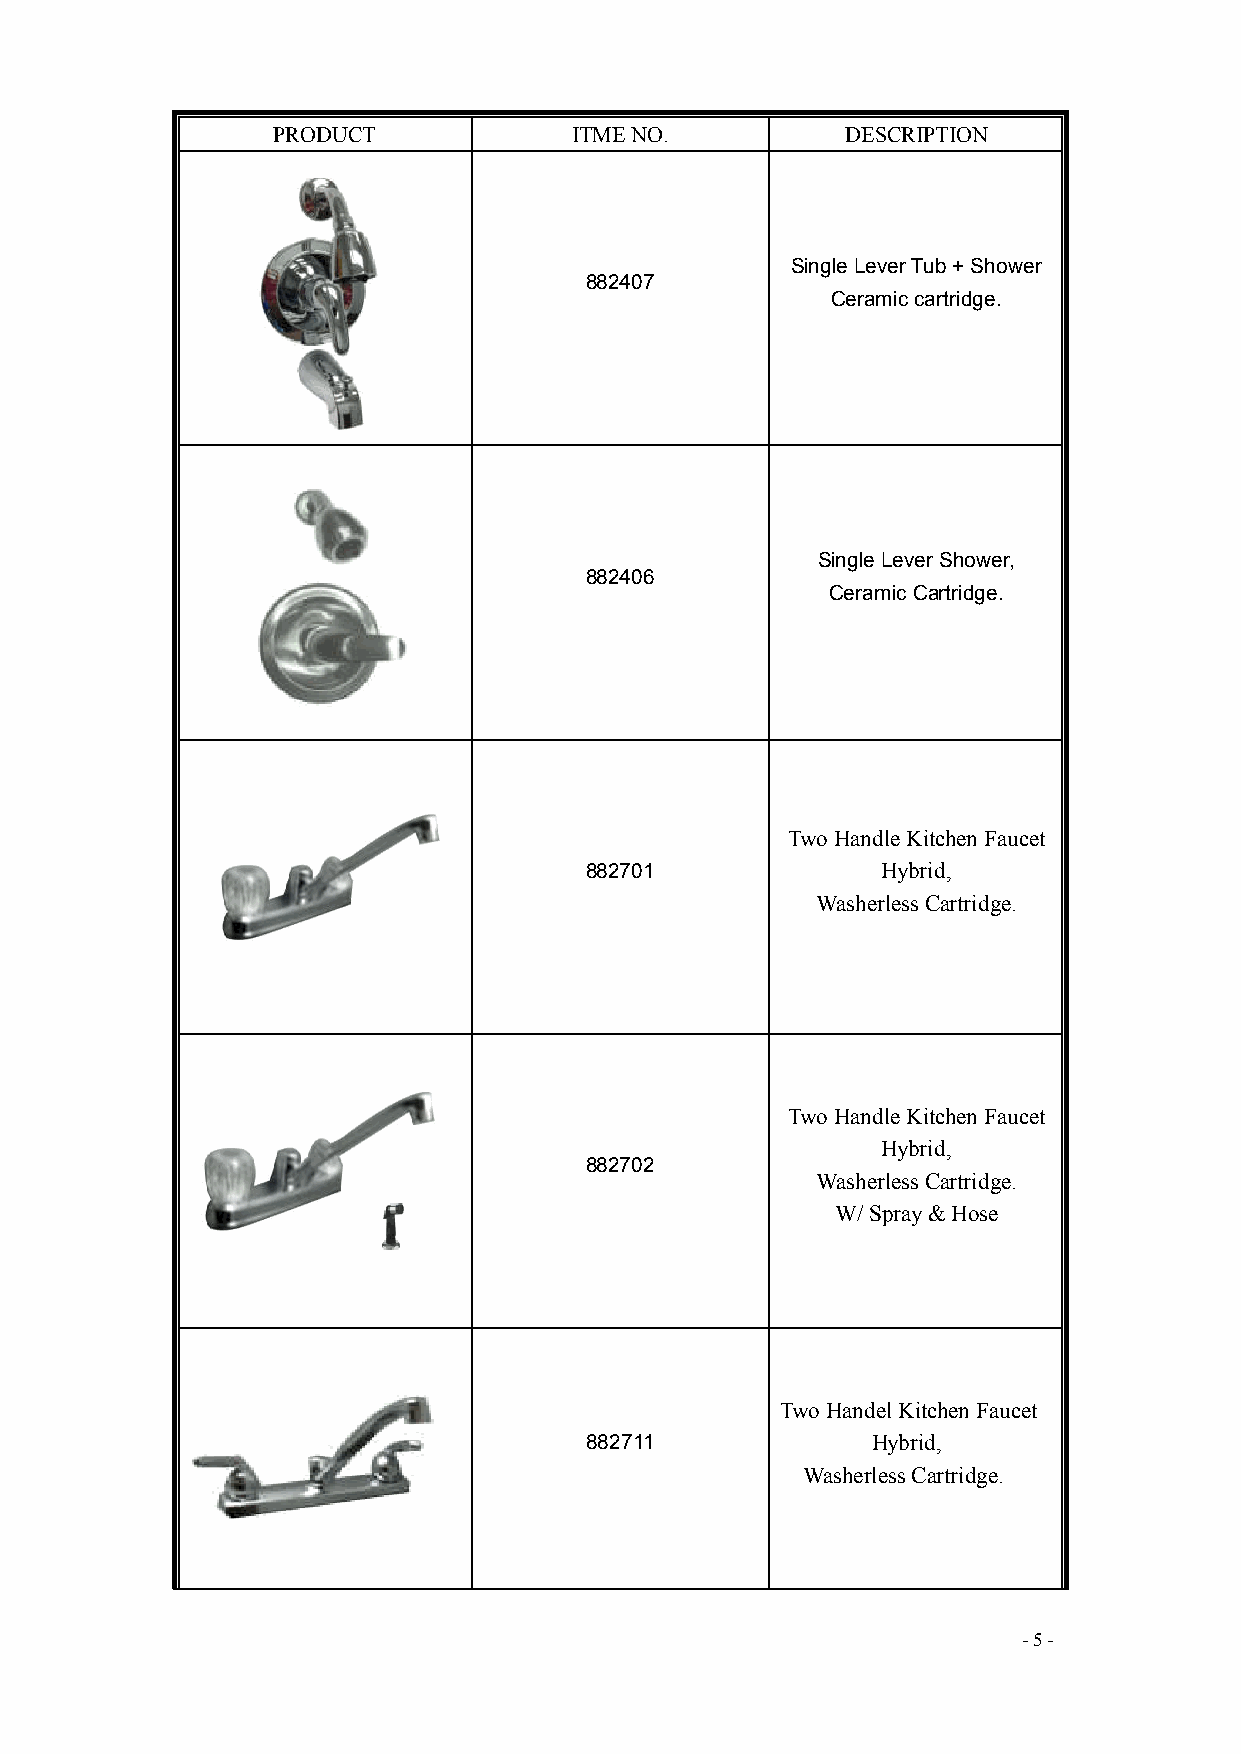
PRODUCT             ITME NO.          DESCRIPTION
 Single Lever Tub + Shower
 882407
 Ceramic cartridge.
 Single Lever Shower,
 882406
 Ceramic Cartridge.
 Two Handle Kitchen Faucet
 882701             Hybrid,
 Washerless Cartridge.
 Two Handle Kitchen Faucet
 Hybrid,
 882702
 Washerless Cartridge.
 W/ Spray & Hose
 Two Handel Kitchen Faucet
 882711             Hybrid,
 Washerless Cartridge.
 - 5 -